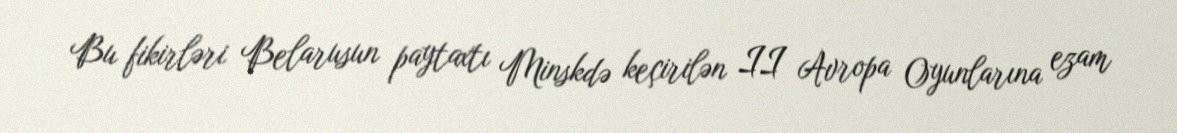
Bu fikirləri Belarusun paytaxtı Minskdə keçirilən II Avropa Oyunlarına ezam